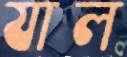
যাল